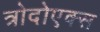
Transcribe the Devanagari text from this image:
त्रोदोएक्स